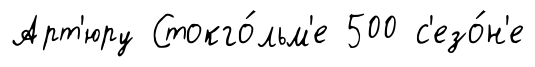
Арт'юру Стокго́льм'е 500 с'езо́н'е